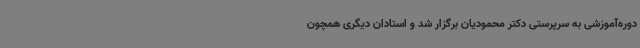
دوره‌آموزشی به سرپرستی دکتر محمودیان برگزار شد و استادان دیگری همچون